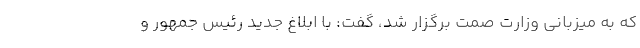
که به میزبانی وزارت صمت برگزار شد، گفت: با ابلاغ جدید رئیس جمهور و